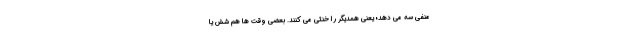
منفی سه می دهد؛ یعنی همدیگر را خنثی می کنند. بعضی وقت ها هم شش یا